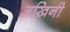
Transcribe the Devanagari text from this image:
अखिनी